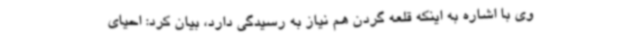
وی با اشاره به اینکه قلعه گردن هم نیاز به رسیدگی دارد، بیان کرد: احیای